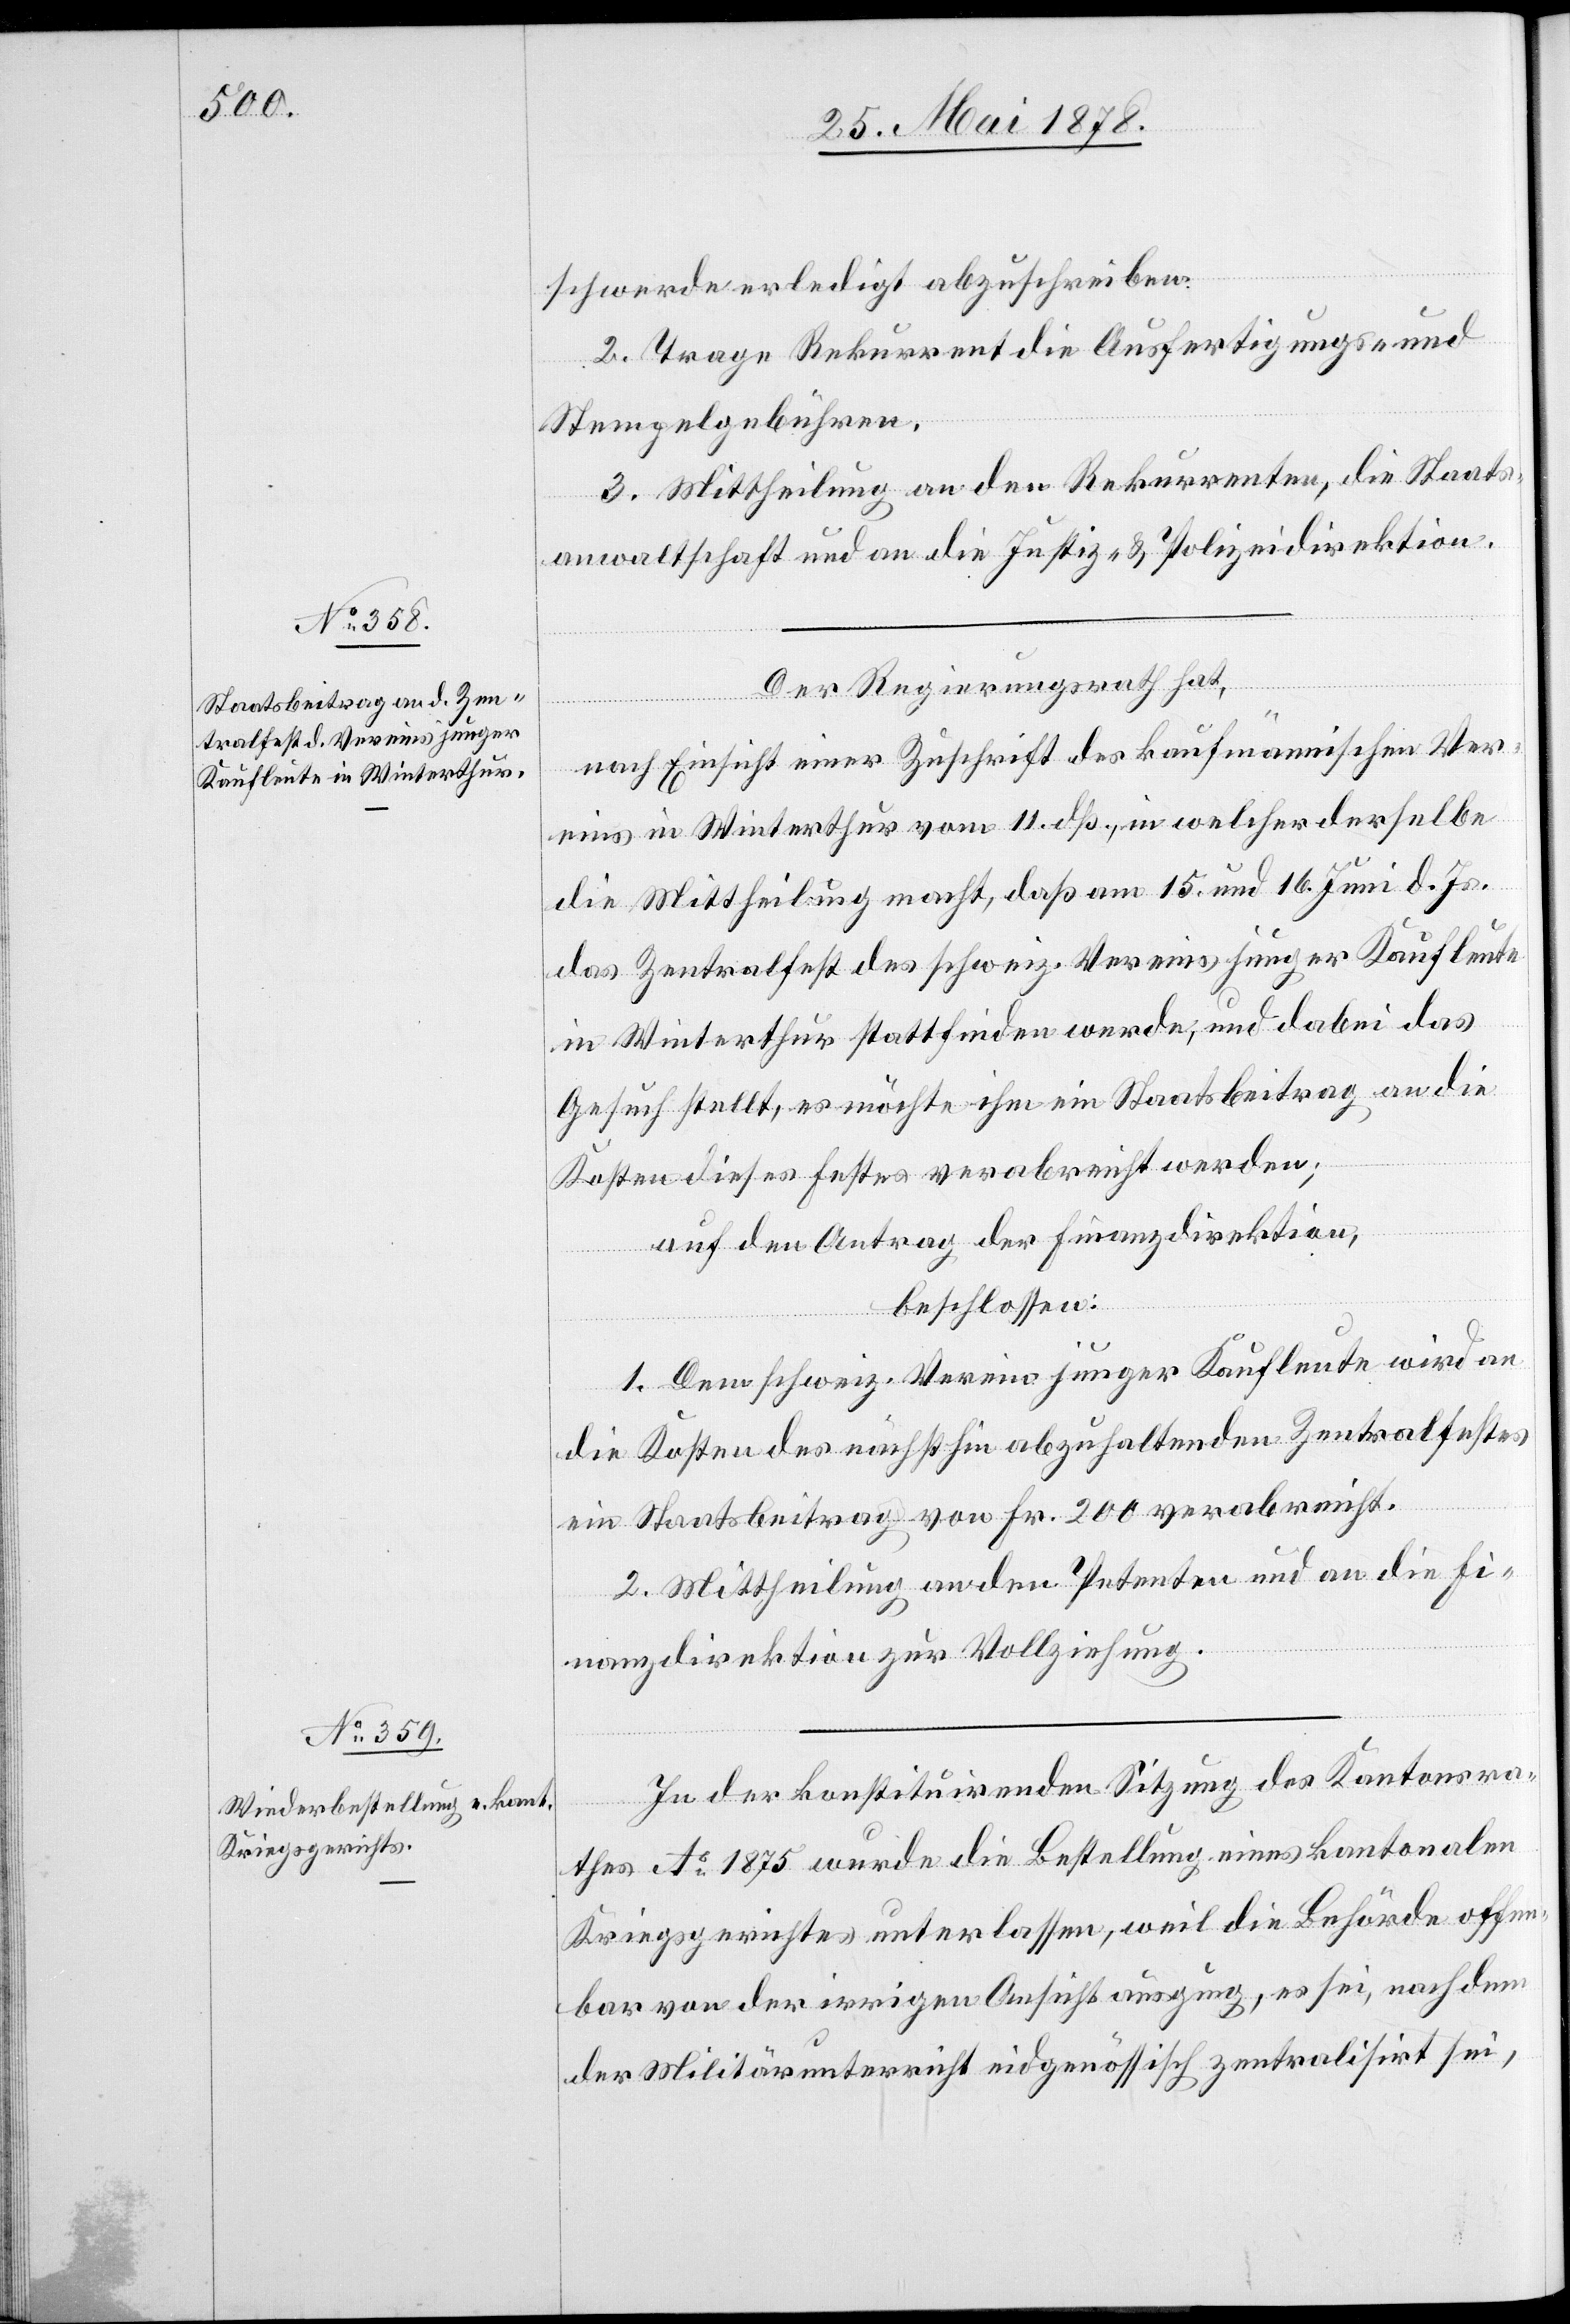
schwerde erledigt abzuschreiben.
2. Trage Rekurrent die Ausfertigungs- und
Stempelgebühren.
3. Mittheilung an den Rekurrenten, die Staats¬
anwaltschaft und an die Justiz- & Polizeidirektion.
Der Regierungsrath hat,
nach Einsicht einer Zuschrift der kaufmännischen Ver¬
eins in Winterthur vom 11. dß., in welcher derselbe
die Mittheilung macht, dass am 15. und 16. Juni d. Js.
das Zentralfest des schweiz. Vereins junger Kaufleute
in Winterthur stattfinden werde, und dabei das
Gesuch stellt, es möchte ihm ein Staatsbeitrag an die
Kosten dieses Festes verabreicht werden;
auf den Antrag der Finanzdirektion,
beschlossen:
1. Dem schweiz. Verein junger Kaufleute wird an
die Kosten des nächsthin abzuhaltenden Zentralfestes
ein Staatsbeitrag von Fr. 200 verabreicht.
2. Mittheilung an den Petenten und an die Fi¬
nanzdirektion zur Vollziehung.
In der konstituirenden Sitzung des Kantonsra¬
thes Ao 1875 wurde die Bestellung eines kantonalen
Kriegsgerichtes unterlassen, weil die Behörde offen¬
bar von der irrigen Ansicht ausging, es sei, nachdem
der Militärunterricht eidgenössisch zentralisirit sei,